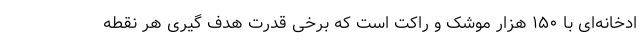
ادخانه‌ای با ۱۵۰ هزار موشک و راکت است که برخی قدرت هدف گیری هر نقطه